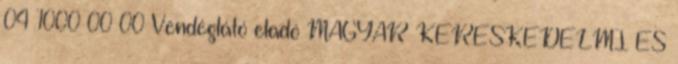
04 1000 00 00 Vendéglátó eladó MAGYAR KERESKEDELMI ÉS